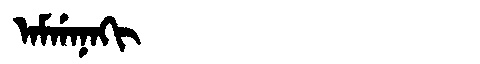
Manchu: ᠠᠮᡤᠠᠨᠠᡴᡳ
Romanization: AMGANAKI